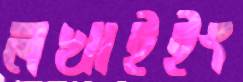
লখাইইং